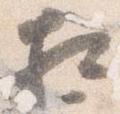
相